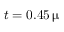
t = 0 . 4 5 \, \upmu